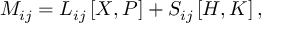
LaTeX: M _ { i j } = L _ { i j } \left[ X , P \right] + S _ { i j } \left[ { \cal H } , { \cal K } \right] ,